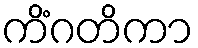
ကိံဂတိကာ